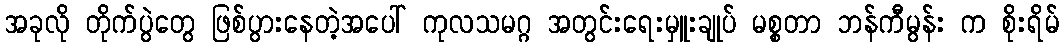
အခုလို တိုက်ပွဲတွေ ဖြစ်ပွားနေတဲ့အပေါ် ကုလသမဂ္ဂ အတွင်းရေးမှူးချုပ် မစ္စတာ ဘန်ကီမွန်း က စိုးရိမ်